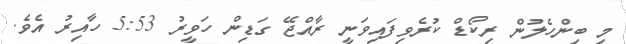
މި ބިންހެލުން ރިކޯޑް ކުރެވިފައިވަނީ ރާއްޖޭ ގަޑިން ހަވީރު 5:53 ހާއިރު އެވެ.